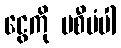
ငွေကို မစီမံပါ